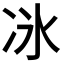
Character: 𫥇